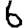
Digit: 6